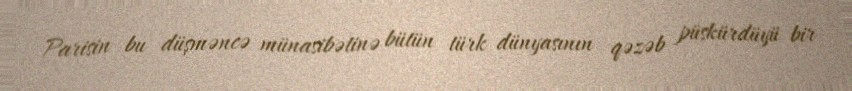
Parisin bu düşməncə münasibətinə bütün türk dünyasının qəzəb püskürdüyü bir